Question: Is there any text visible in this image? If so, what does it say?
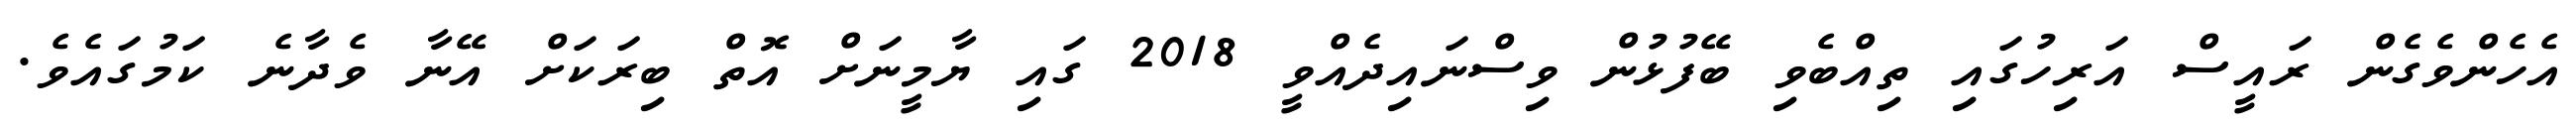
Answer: އެހެންވެގެން ރައީސް އަރިހުގައި ތިއްބެވި ބޭފުޅުން ވިސްނައިދެއްވީ 2018 ގައި ޔާމީނަށް އޮތް ބިރަކަށް އޭނާ ވެދާނެ ކަމުގައެވެ.